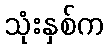
သုံးနှစ်က